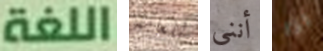
اللغة للعامة أنني اذا